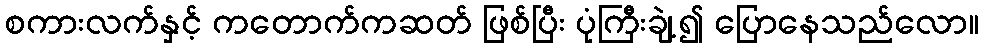
စကားလက်နှင့် ကတောက်ကဆတ် ဖြစ်ပြီး ပုံကြီးချဲ့၍ ပြောနေသည်လော။